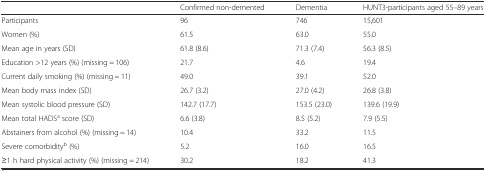
<table><thead><tr><td></td><td><b>Confirmed non-demented</b></td><td><b>Dementia</b></td><td><b>HUNT3-participants aged 55–89 years</b></td></tr></thead><tbody><tr><td>Participants</td><td>96</td><td>746</td><td>15,601</td></tr><tr><td>Women (%)</td><td>61.5</td><td>63.0</td><td>55.0</td></tr><tr><td>Mean age in years (SD)</td><td>61.8 (8.6)</td><td>71.3 (7.4)</td><td>56.3 (8.5)</td></tr><tr><td>Education &gt;12 years (%) (missing = 106)</td><td>21.7</td><td>4.6</td><td>19.4</td></tr><tr><td>Current daily smoking (%) (missing = 11)</td><td>49.0</td><td>39.1</td><td>52.0</td></tr><tr><td>Mean body mass index (SD)</td><td>26.7 (3.2)</td><td>27.0 (4.2)</td><td>26.8 (3.8)</td></tr><tr><td>Mean systolic blood pressure (SD)</td><td>142.7 (17.7)</td><td>153.5 (23.0)</td><td>139.6 (19.9)</td></tr><tr><td>Mean total HADS<sup>a</sup> score (SD)</td><td>6.6 (3.8)</td><td>8.5 (5.2)</td><td>7.9 (5.5)</td></tr><tr><td>Abstainers from alcohol (%) (missing = 14)</td><td>10.4</td><td>33.2</td><td>11.5</td></tr><tr><td>Severe comorbidity<sup>b</sup> (%)</td><td>5.2</td><td>16.0</td><td>16.5</td></tr><tr><td>≥1 h hard physical activity (%) (missing = 214)</td><td>30.2</td><td>18.2</td><td>41.3</td></tr></tbody></table>